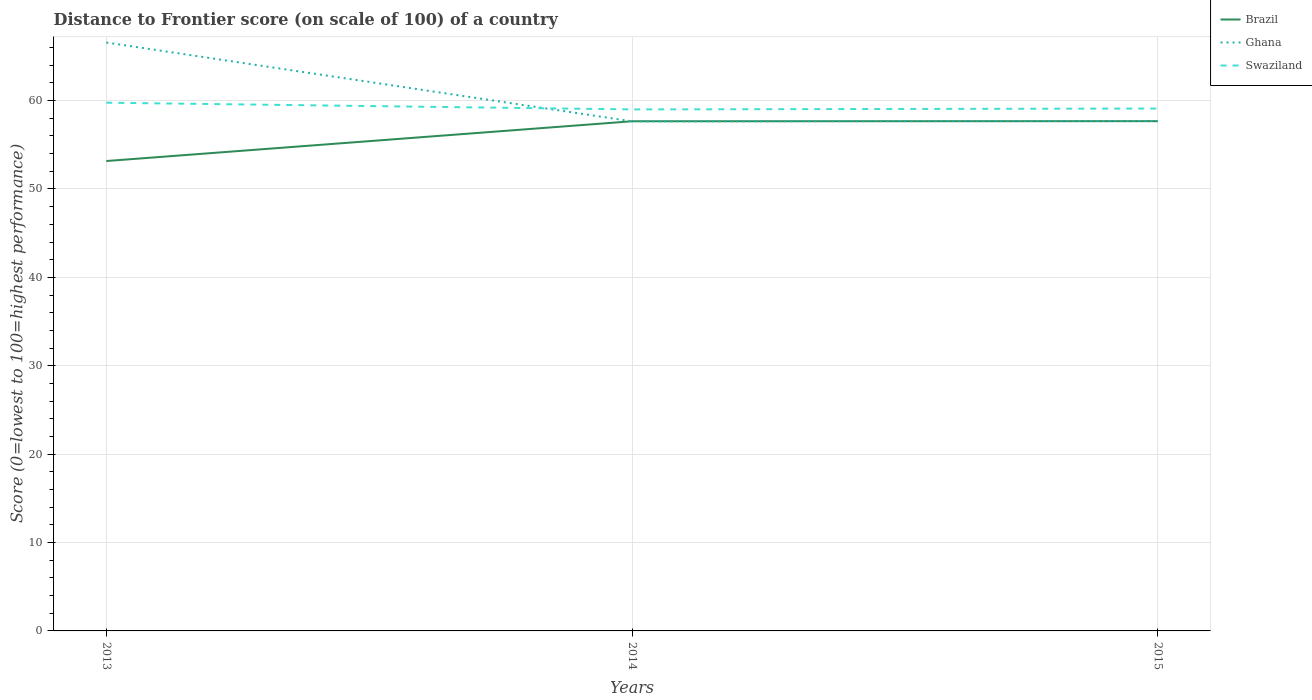
| Years | Brazil | Ghana | Swaziland |
 | --- | --- | --- | --- |
 | 2013 | 53.2 | 66.6 | 59.8 |
 | 2014 | 57.7 | 57.6 | 59 |
 | 2015 | 57.7 | 57.7 | 59.1 |